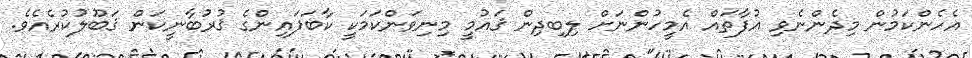
އެހެންކަމުން މިދެންނެވި އުފާތައް އެމީހުންނަށް ލިބިދިން ޤައުމީ މިނިވަންކަމަކީ ކާބަފައިންގެ ޤުރުބާނީކަން ޤަބޫލުކުރެއެވެ.